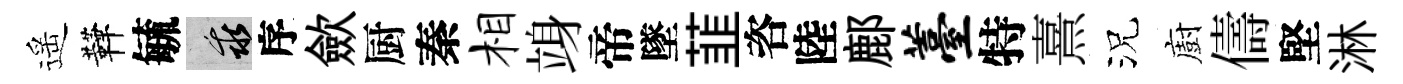
遥鞾毓乖序歛厨秦相竧帝墜韮咨陸鄜薹特熹況廚儔堅淋